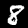
Digit: 8